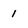
Character: l